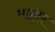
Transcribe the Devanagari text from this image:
माहार